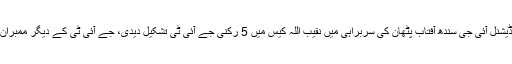
سماعت میں 10منٹ کے مشورے کے وقفہ کےبعد سپریم کورٹ نے ایڈیشنل آئی جی سندھ آفتاب پٹھان کی سربراہی میں نقیب اللہ کیس میں 5 رکنی جے آئی ٹی تشکیل دیدی، جے آئی ٹی کے دیگر ممبران میں ذوالفقار لاڑک، ولی اللہ، ڈاکٹر رضوان اور آزاد احمد خان شامل ہیں۔